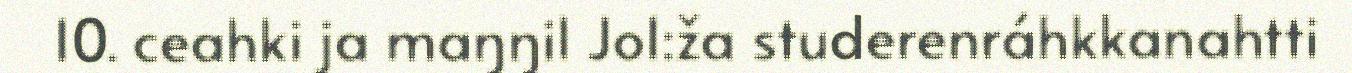
10. ceahki ja maŋŋil Jo1:ža studerenráhkkanahtti